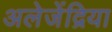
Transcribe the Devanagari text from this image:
अलेजेंद्रिया